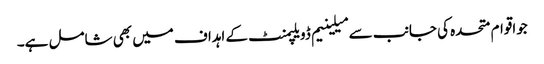
جواقوام متحدہ کی جانب سے میلینیم ڈویلپمنٹ کے اہداف میں بھی شامل ہے۔